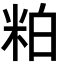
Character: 粕